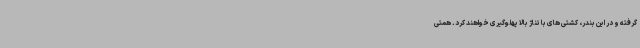
گرفته و در این بندر، کشتی های با تناژ بالا پهلوگیری خواهند کرد. همتی